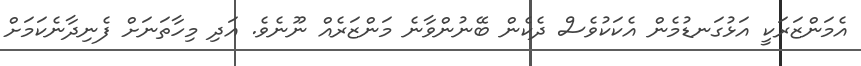
އެމަންޒަރަކީ އަޅުގަނޑުމެން އެކަކުވެސް ދެކެން ބޭނުންވާނެ މަންޒަރެއް ނޫނެވެ. އަދި މިހާތަނަށް ފެނިދާނެކަމަށް